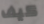
كيف